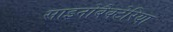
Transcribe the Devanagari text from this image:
साइनोबैक्टेरिया